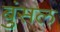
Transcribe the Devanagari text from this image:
बुंसल